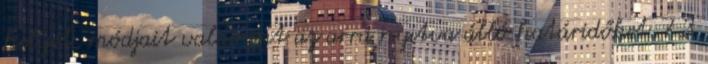
helyét, módjait valamint az arra nyitva álló határidőket. 7.3